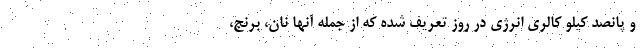
و پانصد کیلو کالری انرژی در روز تعریف شده که از جمله آنها نان، برنج،